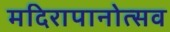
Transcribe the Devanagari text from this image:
मदिरापानोत्सव